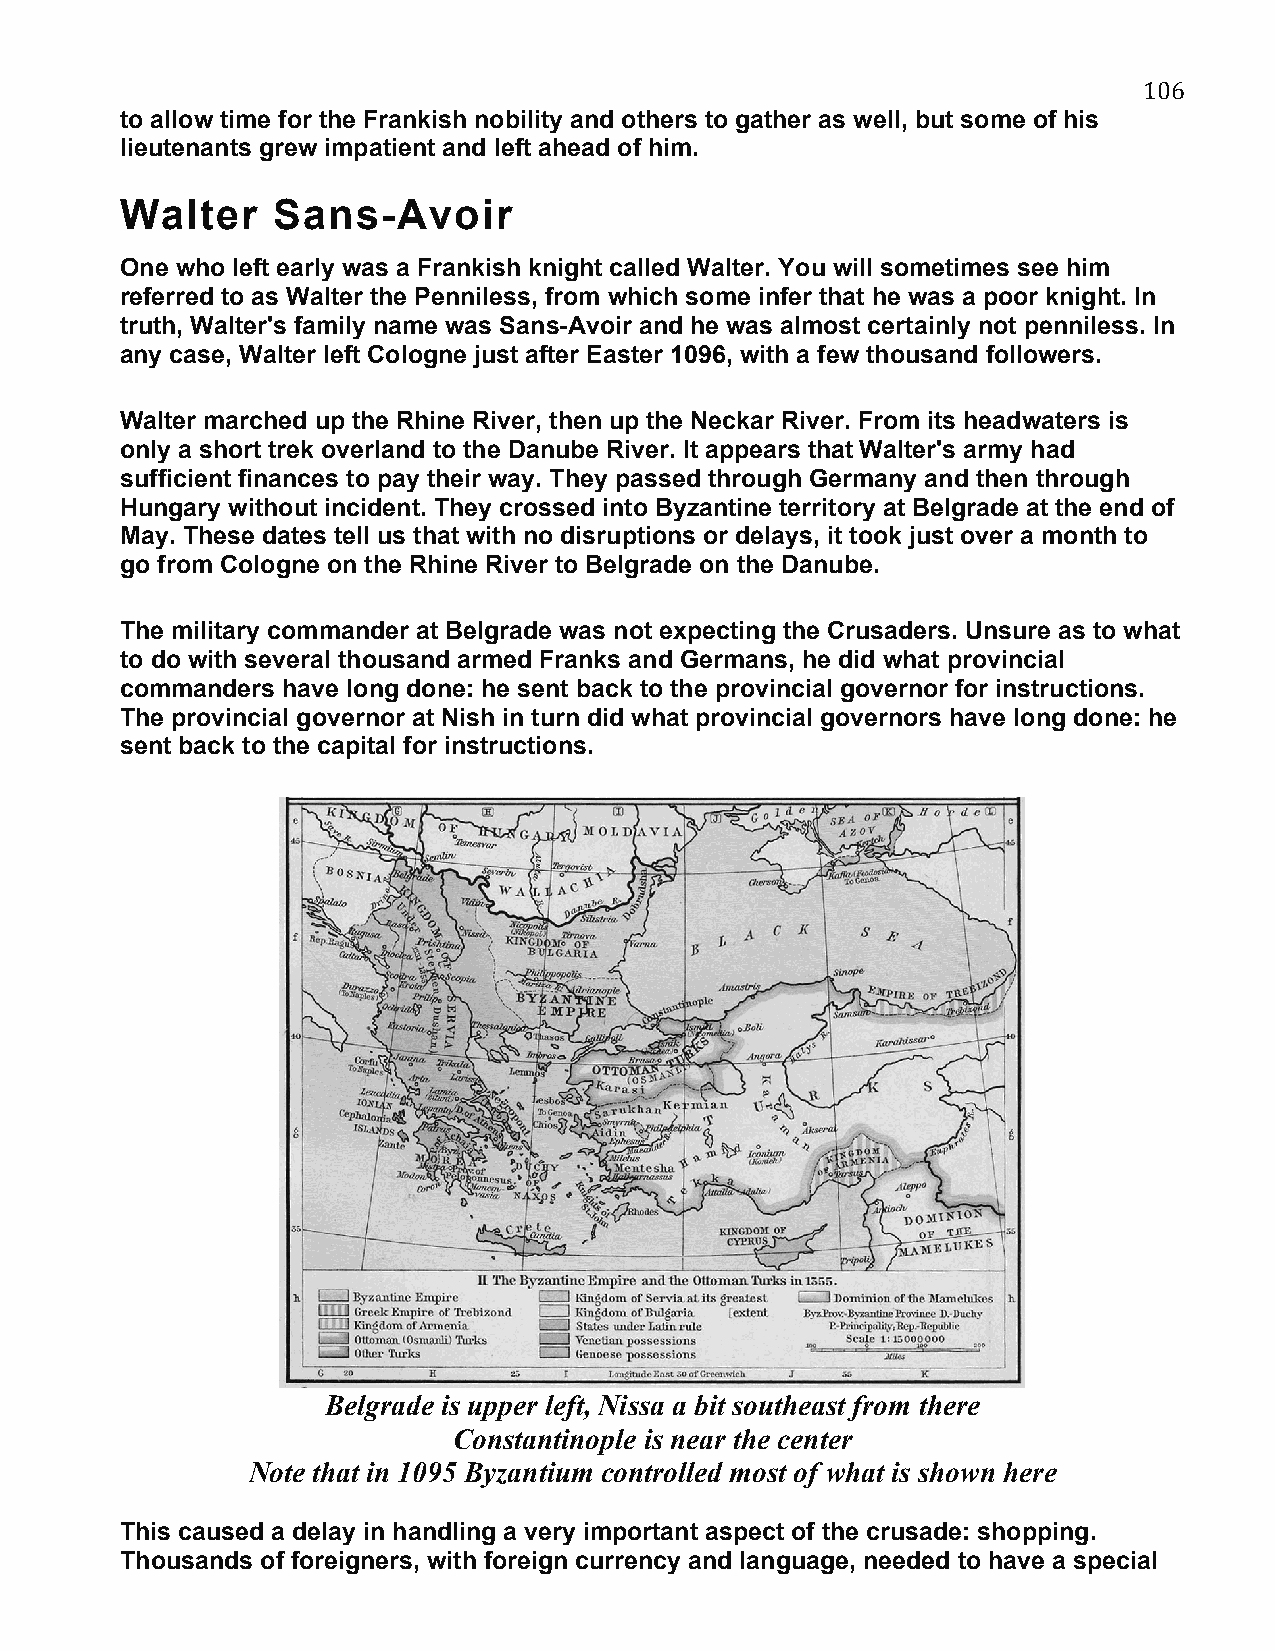
106
 to allow time for the Frankish nobility and others to gather as well, but some of his
 lieutenants grew impatient and left ahead of him.
 Walter    Sans-Avoir
 One who left early was a Frankish knight called Walter. You will sometimes see him
 referred to as Walter the Penniless, from which some infer that he was a poor knight. In
 truth, Walter's family name was Sans-Avoir and he was almost certainly not penniless. In
 any case, Walter left Cologne just after Easter 1096, with a few thousand followers.
 Walter marched up the Rhine River, then up the Neckar River. From its headwaters is
 only a short trek overland to the Danube River. It appears that Walter's army had
 sufficient finances to pay their way. They passed through Germany and then through
 Hungary without incident. They crossed into Byzantine territory at Belgrade at the end of
 May. These dates tell us that with no disruptions or delays, it took just over a month to
 go from Cologne on the Rhine River to Belgrade on the Danube.
 The military commander at Belgrade was not expecting the Crusaders. Unsure as to what
 to do with several thousand armed Franks and Germans, he did what provincial
 commanders have long done: he sent back to the provincial governor for instructions.
 The provincial governor at Nish in turn did what provincial governors have long done: he
 sent back to the capital for instructions.
 Belgrade is upper left, Nissa a bit southeast from there
 Constantinople is near the center
 Note that in 1095 Byzantium controlled most of what is shown here
 This caused a delay in handling a very important aspect of the crusade: shopping.
 Thousands of foreigners, with foreign currency and language, needed to have a special